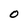
Character: O